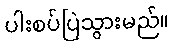
ပါးစပ်ပြဲသွားမည်။